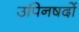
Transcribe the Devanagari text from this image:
उपिनषदों